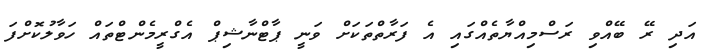
އަދި ރޭ ބޭއްވި ރަސްމިއްޔާތެއްގައި އެ ފަރާތްތަކަށް ވަނީ ޕާޓްނާޝިޕް އެގްރީމެންޓްތައް ހަވާލުކޮށްފަ